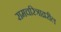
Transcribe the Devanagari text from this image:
रामचरित्राव्ररील